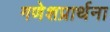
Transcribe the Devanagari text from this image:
गणेशप्रार्थना